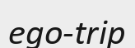
ego-trip